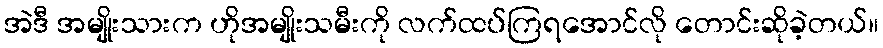
အဲဒီ အမျိုးသားက ဟိုအမျိုးသမီးကို လက်ထပ်ကြရအောင်လို တောင်းဆိုခဲ့တယ်။